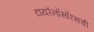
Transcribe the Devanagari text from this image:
टायरॅनॉसॉरसची